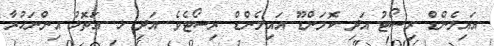
އައިލެންޑް ރިސޯޓު އަދި ކޮމަންޑޫ އައިލެންޑް ރިސޯޓެވެ. އަދި ޅ. އަތޮޅު އިންނަހުރާ